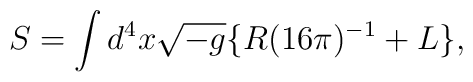
S = \int{d^4x \sqrt{-g} \{ R (16\pi)^{-1}+L \} } ,